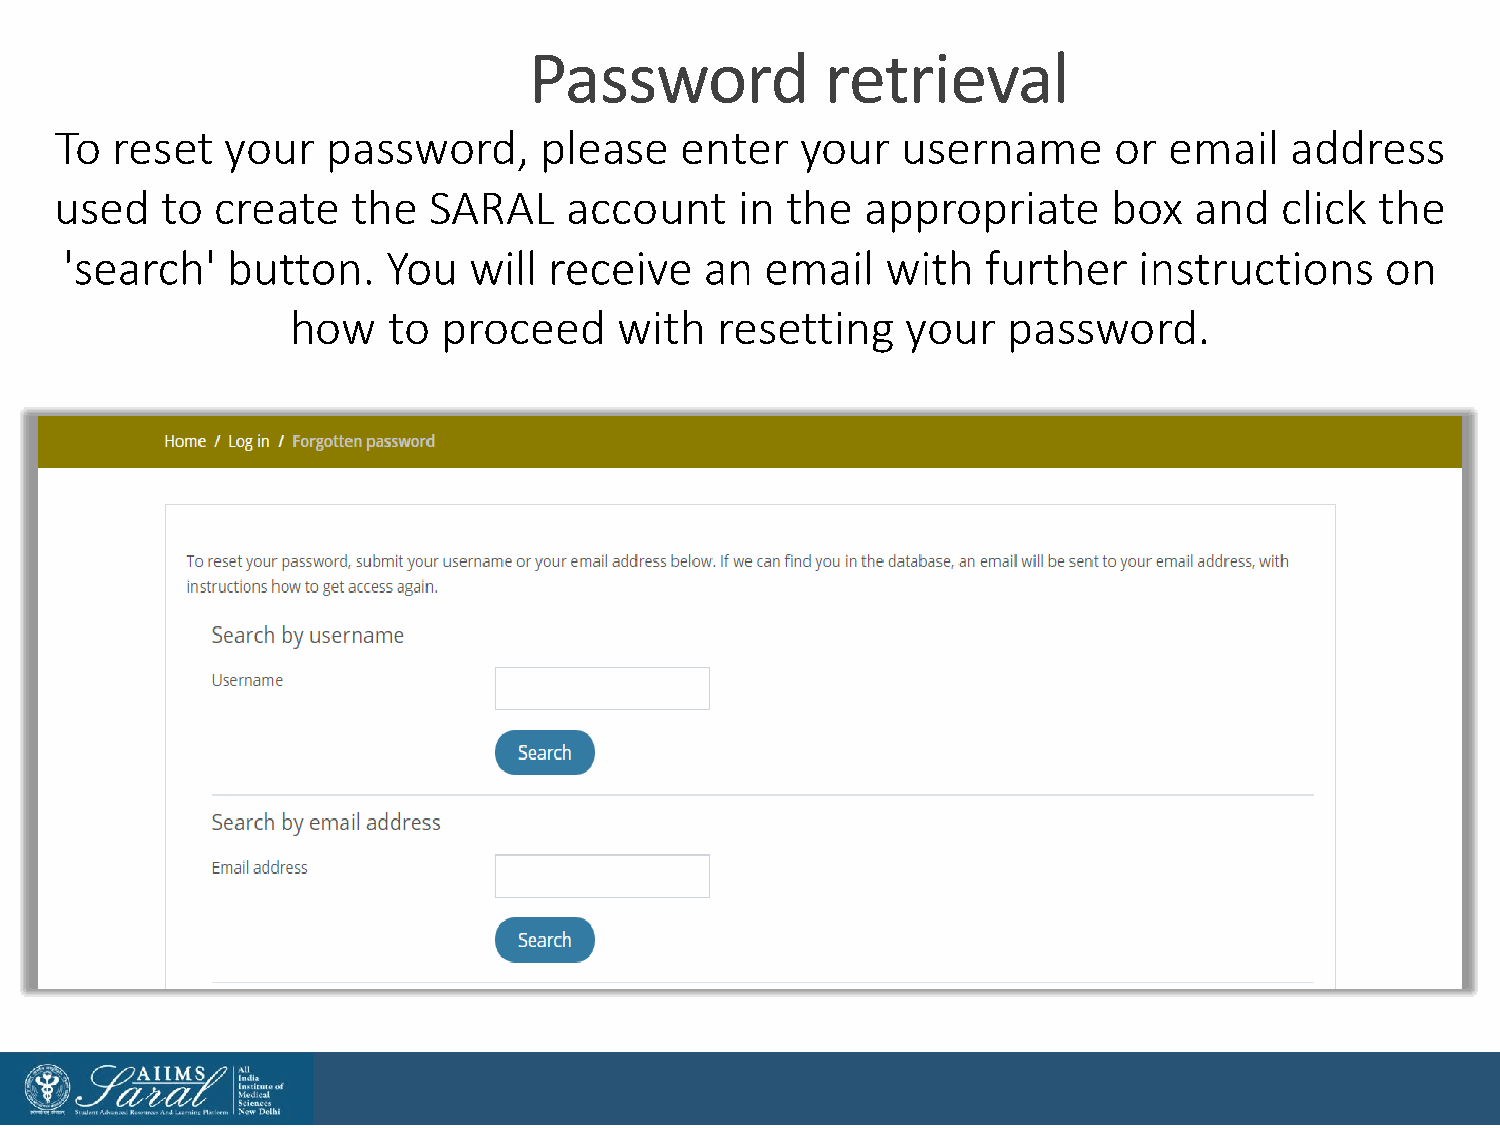
Password            retrieval
 To reset   your   password,     please   enter   your   username      or email   address
 used   to create   the  SARAL     account    in the  appropriate      box  and   click the
 'search'   button.    You  will receive    an  email   with  further   instructions     on
 how    to proceed     with  resetting    your   password.